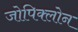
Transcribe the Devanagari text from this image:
जोपिक्लोन